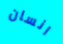
انسان